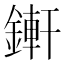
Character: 𨪚